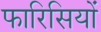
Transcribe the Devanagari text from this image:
फारिसियों